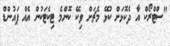
"ސްޓްރޯކް އާ ދެކޮޅަށް ކުޅޭ މެޗަށް ވިކޭ ކޮންމެ ޓިކެޓަކުން އެއް ޕައުންޑް